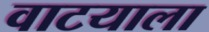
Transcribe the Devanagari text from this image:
वाटयाला